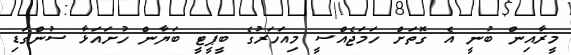
މީރާއިން ބުނީ އެ ގޮތަށް ހަމަޖެއްސީ މިއަހަރުގެ ބީޕީޓީ ބަޔާން ހުށައަޅާ ސުންގަޑި